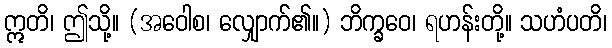
ဣတိ၊ ဤသို့။ (အဝေါစ၊ လျှောက်၏။) ဘိက္ခဝေ၊ ရဟန်းတို့။ သဟံပတိ၊